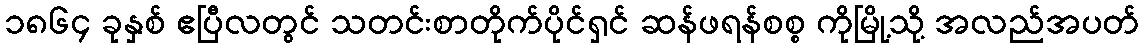
၁၈၆၄ ခုနှစ် ဧပြီလတွင် သတင်းစာတိုက်ပိုင်ရှင် ဆန်ဖရန်စစ္စ ကိုမြို့သို့ အလည်အပတ်